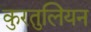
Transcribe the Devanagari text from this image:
कुरतुलियन